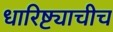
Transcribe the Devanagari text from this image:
धारिष्ट्याचीच